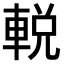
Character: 𨌔